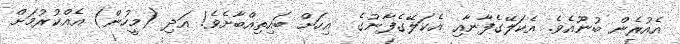
އެއުރެން ބުނޫއެވެ. އެކަލޭގެފާނާއި އެކަލޭގެފާނުގެ  އިހަށް ބައިތިއްބާށެވެ! އަދި (މީހުން) އެއްކުރުމަށް